65_HS1-834228961_62-HQ-83894_Section_9
Agency: FBI
Page 252
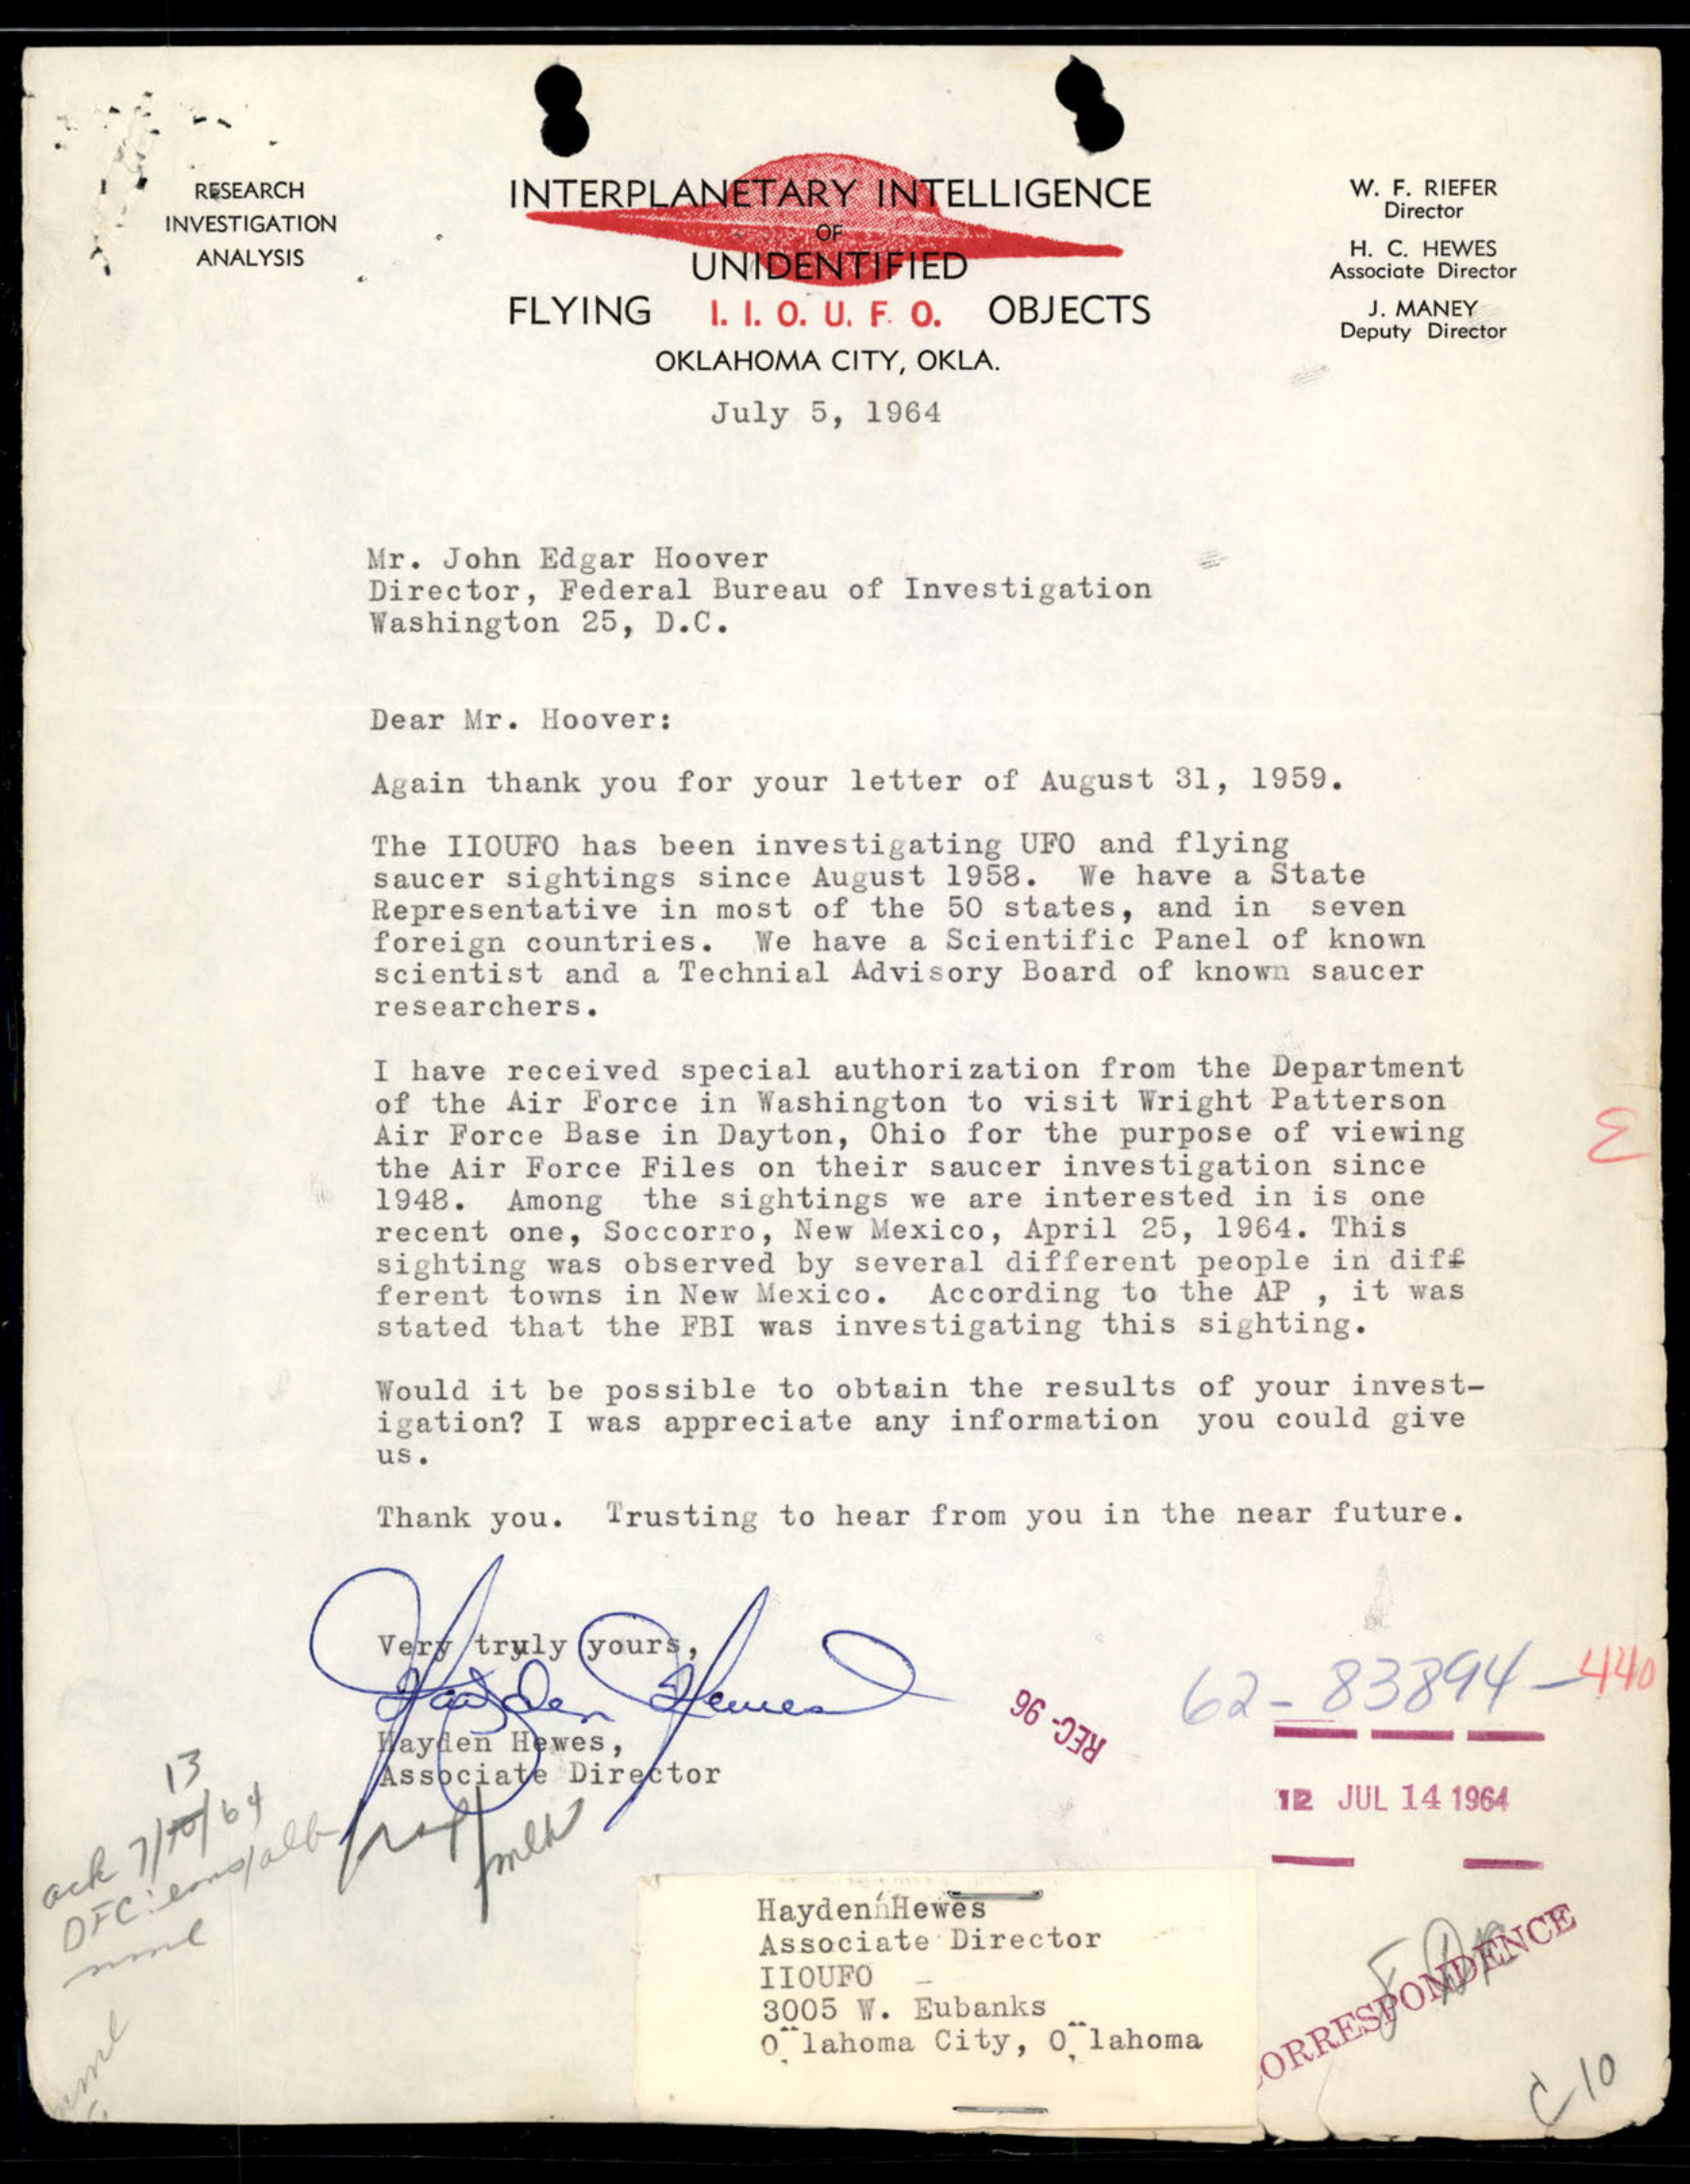